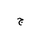
Letter: _gim